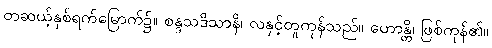
တဆယ့်နှစ်ရက်မြောက်၌။ စန္ဒသဒိသာနိ၊ လနှင့်တူကုန်သည်။ ဟောန္တိ၊ ဖြစ်ကုန်၏။